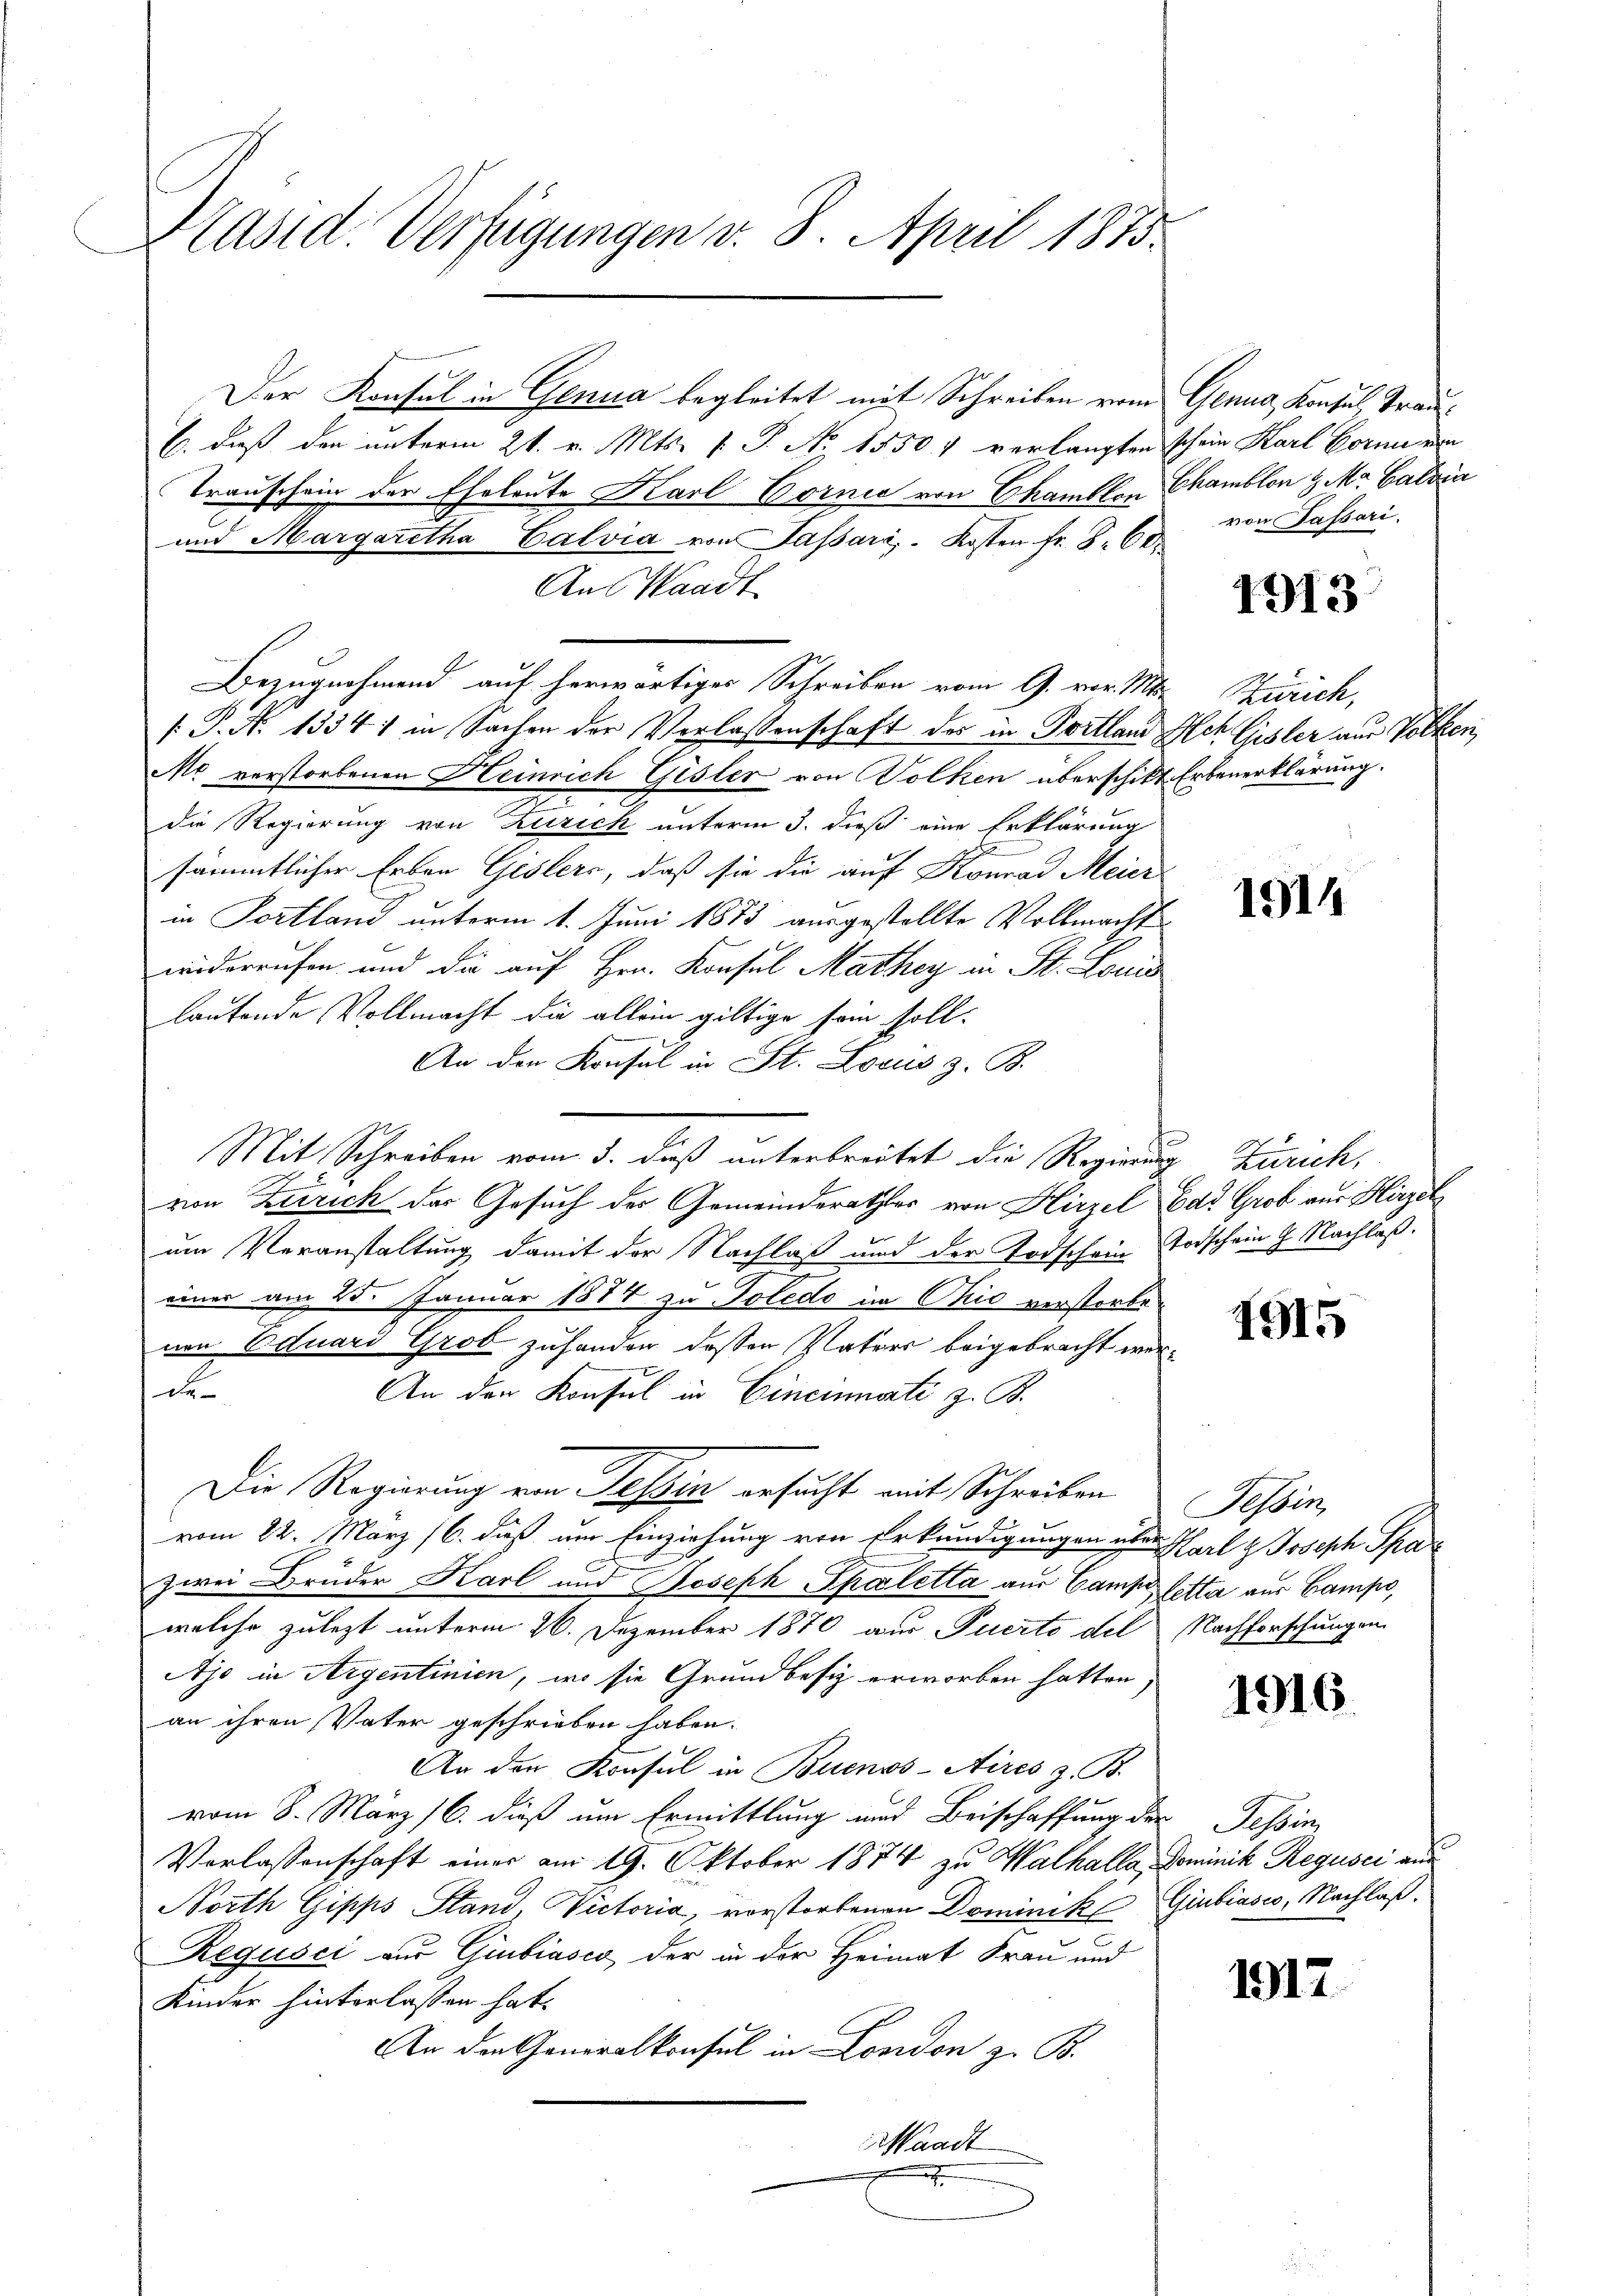
Präsid. Verfügungen v. 8. April 1873.

Der Konsul in Genua begleitet mit Schreiben vom Genug, Konsul, Trau¬
C. daß den unterm 21. v. Mts. f. P. No. 1550. verlangten schein Karl Formerin
Transchein der Eheleute Karl Bornić von Chamblen Chamblen & Mr. Calvia
2
und Margaretha Calvia von Passari. Kosten fr. 8. 60
Aus Waadt
Bezugnahmend auf herwärtiger Schreiben vom 9. vor. Mts. Zürich,
 P. N. 1334) in Sachen der Verlassenschaft des in Portland Ach Gisler aus Volken,
Me verstorbenen Heinrich Gisler von Volken überschikt Erbenerklärung.
die Regierung von Zürich unterm 3. dieß eine Erklärung
sämmtlicher Erben Gislers, daß sie die auf Konrad Meier
in Fortland unterm 1. Juni 1873 ausgestellte Vollmacht
widerrufen und die auf Hrn. Konsul Mathey in St. Louis
lautende Vollmacht die allein giltige sein soll¬
An den Konsul in St. Locus z. B.
Mit Schreiben vom 3. dieß unterbreitet die Regierung Zürich,
von Zerrich der Gesuch des Gemeinderathes von Hirzel Bad Grob aus Hirzel
um Veranstaltung damit der Nachlaß und der Todschein Todschein G. Nachlaß.
einer am 25. Januar 1874 zu Toledo im Ohio verstorbenen Eduard Grob zuhanden dessen Vaters beigebracht werx
An den Konsul in Cincinnate z. B.
Die Regierung von Tessin ersucht mit Schreiben
vom 22. März (6. dieß um Einziehung von Erkundigungen aber Karl & Joseph Spaz
zwei Bruder Karl und Joseph Spaletta aus Gant Petta aus Campo,
welche zulezt unterm 26. Dezember 1870 aus Fucrto del Nachforschungen
Ajo in Argentinien, wo sie Grundbesiz erworben hatten
an ihren Vater geschrieben haben.
An den Konsul in Buenos-Aires z. B.
vom 8. März 16. dieß um Ermittlung und Beischaffung der Tessin,
Vorlassenschaft einer am 19. Oktober 1874 zu Walkalla, Dominik Regusci aus
North Gipps Stand, Victoria, vorstorbenen Dominik Giubiasco, Nachlaß.
Regusci zur Giubiasco der in der Heimat Frau und
Kinder hinterlassen hat.
An der Generalkonsul in London z. B.
Waadt
.

von Passari.

1913

1914

t

1915

Tessin

1916.

1912.